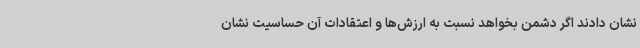
نشان دادند اگر دشمن بخواهد نسبت به ارزش‌ها و اعتقادات آن حساسیت نشان